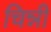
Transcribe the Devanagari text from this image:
चिन्नी